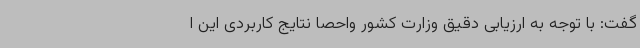
گفت: با توجه به ارزیابی دقیق وزارت کشور واحصا نتایج کاربردی این ا